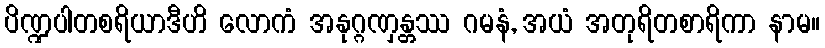
ပိဏ္ဍပါတစရိယာဒီဟိ လောကံ အနုဂ္ဂဏှန္တဿ ဂမနံ, အယံ အတုရိတစာရိကာ နာမ။